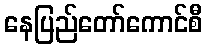
နေပြည်တော်ကောင်စီ